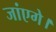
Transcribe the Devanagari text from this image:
जांएगे।